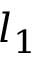
l _ { 1 }